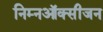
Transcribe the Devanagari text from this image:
निम्नऑक्सीजन